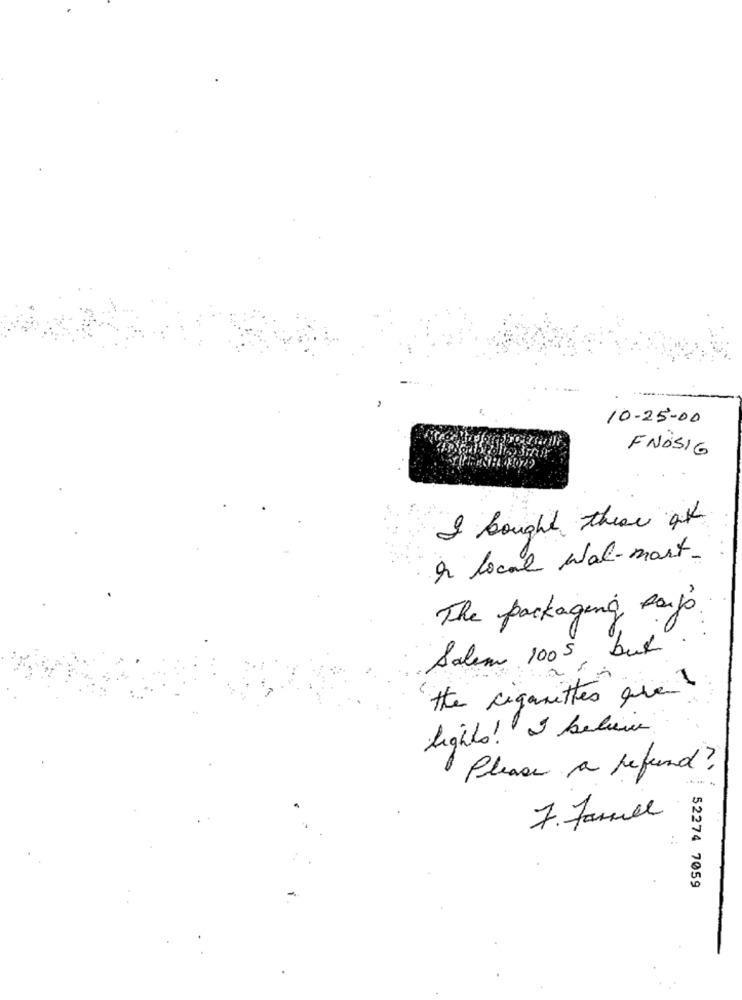
10-25-00
FNOSIG
I bought these git
in local wal-mart-
The packaging sajó
Salem 1005, but
the cigarettes que!
lights! I believe
Please a refund?
7. Janull
52274 7059